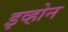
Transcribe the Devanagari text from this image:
इव्होन